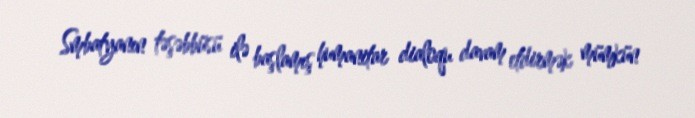
Smbatyanın təşəbbüsü ilə başlamış humanitar dialoqu davam etdirmək mümkün